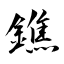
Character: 鐎